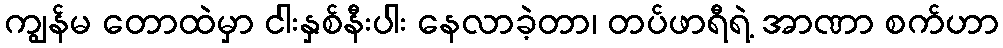
ကျွန်မ တောထဲမှာ ငါးနှစ်နီးပါး နေလာခဲ့တာ၊ တပ်ဖာရီရဲ့ အာဏာ စက်ဟာ